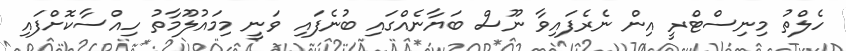
ހެލްތު މިނިސްޓްރީ އިން ނެރެފައިވާ ނޫސް ބަޔާނެއްގައި ބުނެފައި ވަނީ މިމައުލޫމާތު ހިއްސާކޮށްފައި